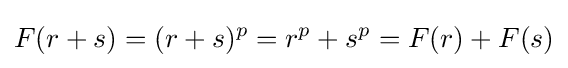
F(r+s)=(r+s)^{p}=r^{p}+s^{p}=F(r)+F(s)